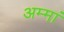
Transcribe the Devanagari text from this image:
अम्‍मां